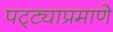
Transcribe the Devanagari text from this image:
पट्ट्याप्रमाणे